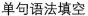
单句语法填空